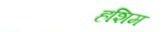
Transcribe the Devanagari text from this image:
हशिम